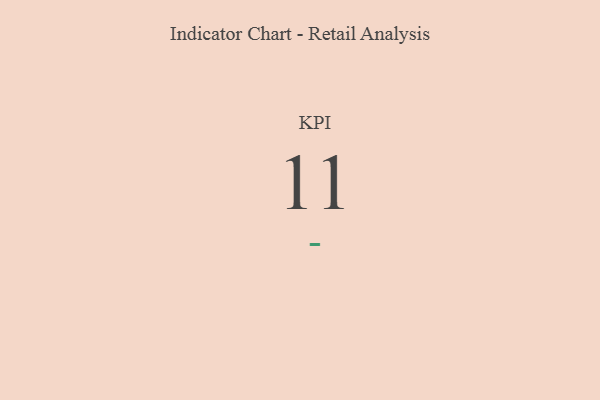
{"axis": {"x": "KPI", "y": "Value"}, "legend": [""], "data": [{"x": "KPI", "y": 11, "type": ""}]}